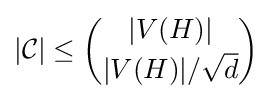
|{\mathcal {C}}|\leq {|V(H)| \choose |V(H)|/{\sqrt {d}}}